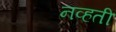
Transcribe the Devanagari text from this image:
नव्‍हती